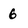
Character: 6